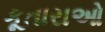
કૂતારાઓ